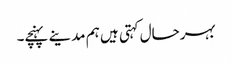
بہرحال کہتی ہیں ہم مدینے پہنچے۔